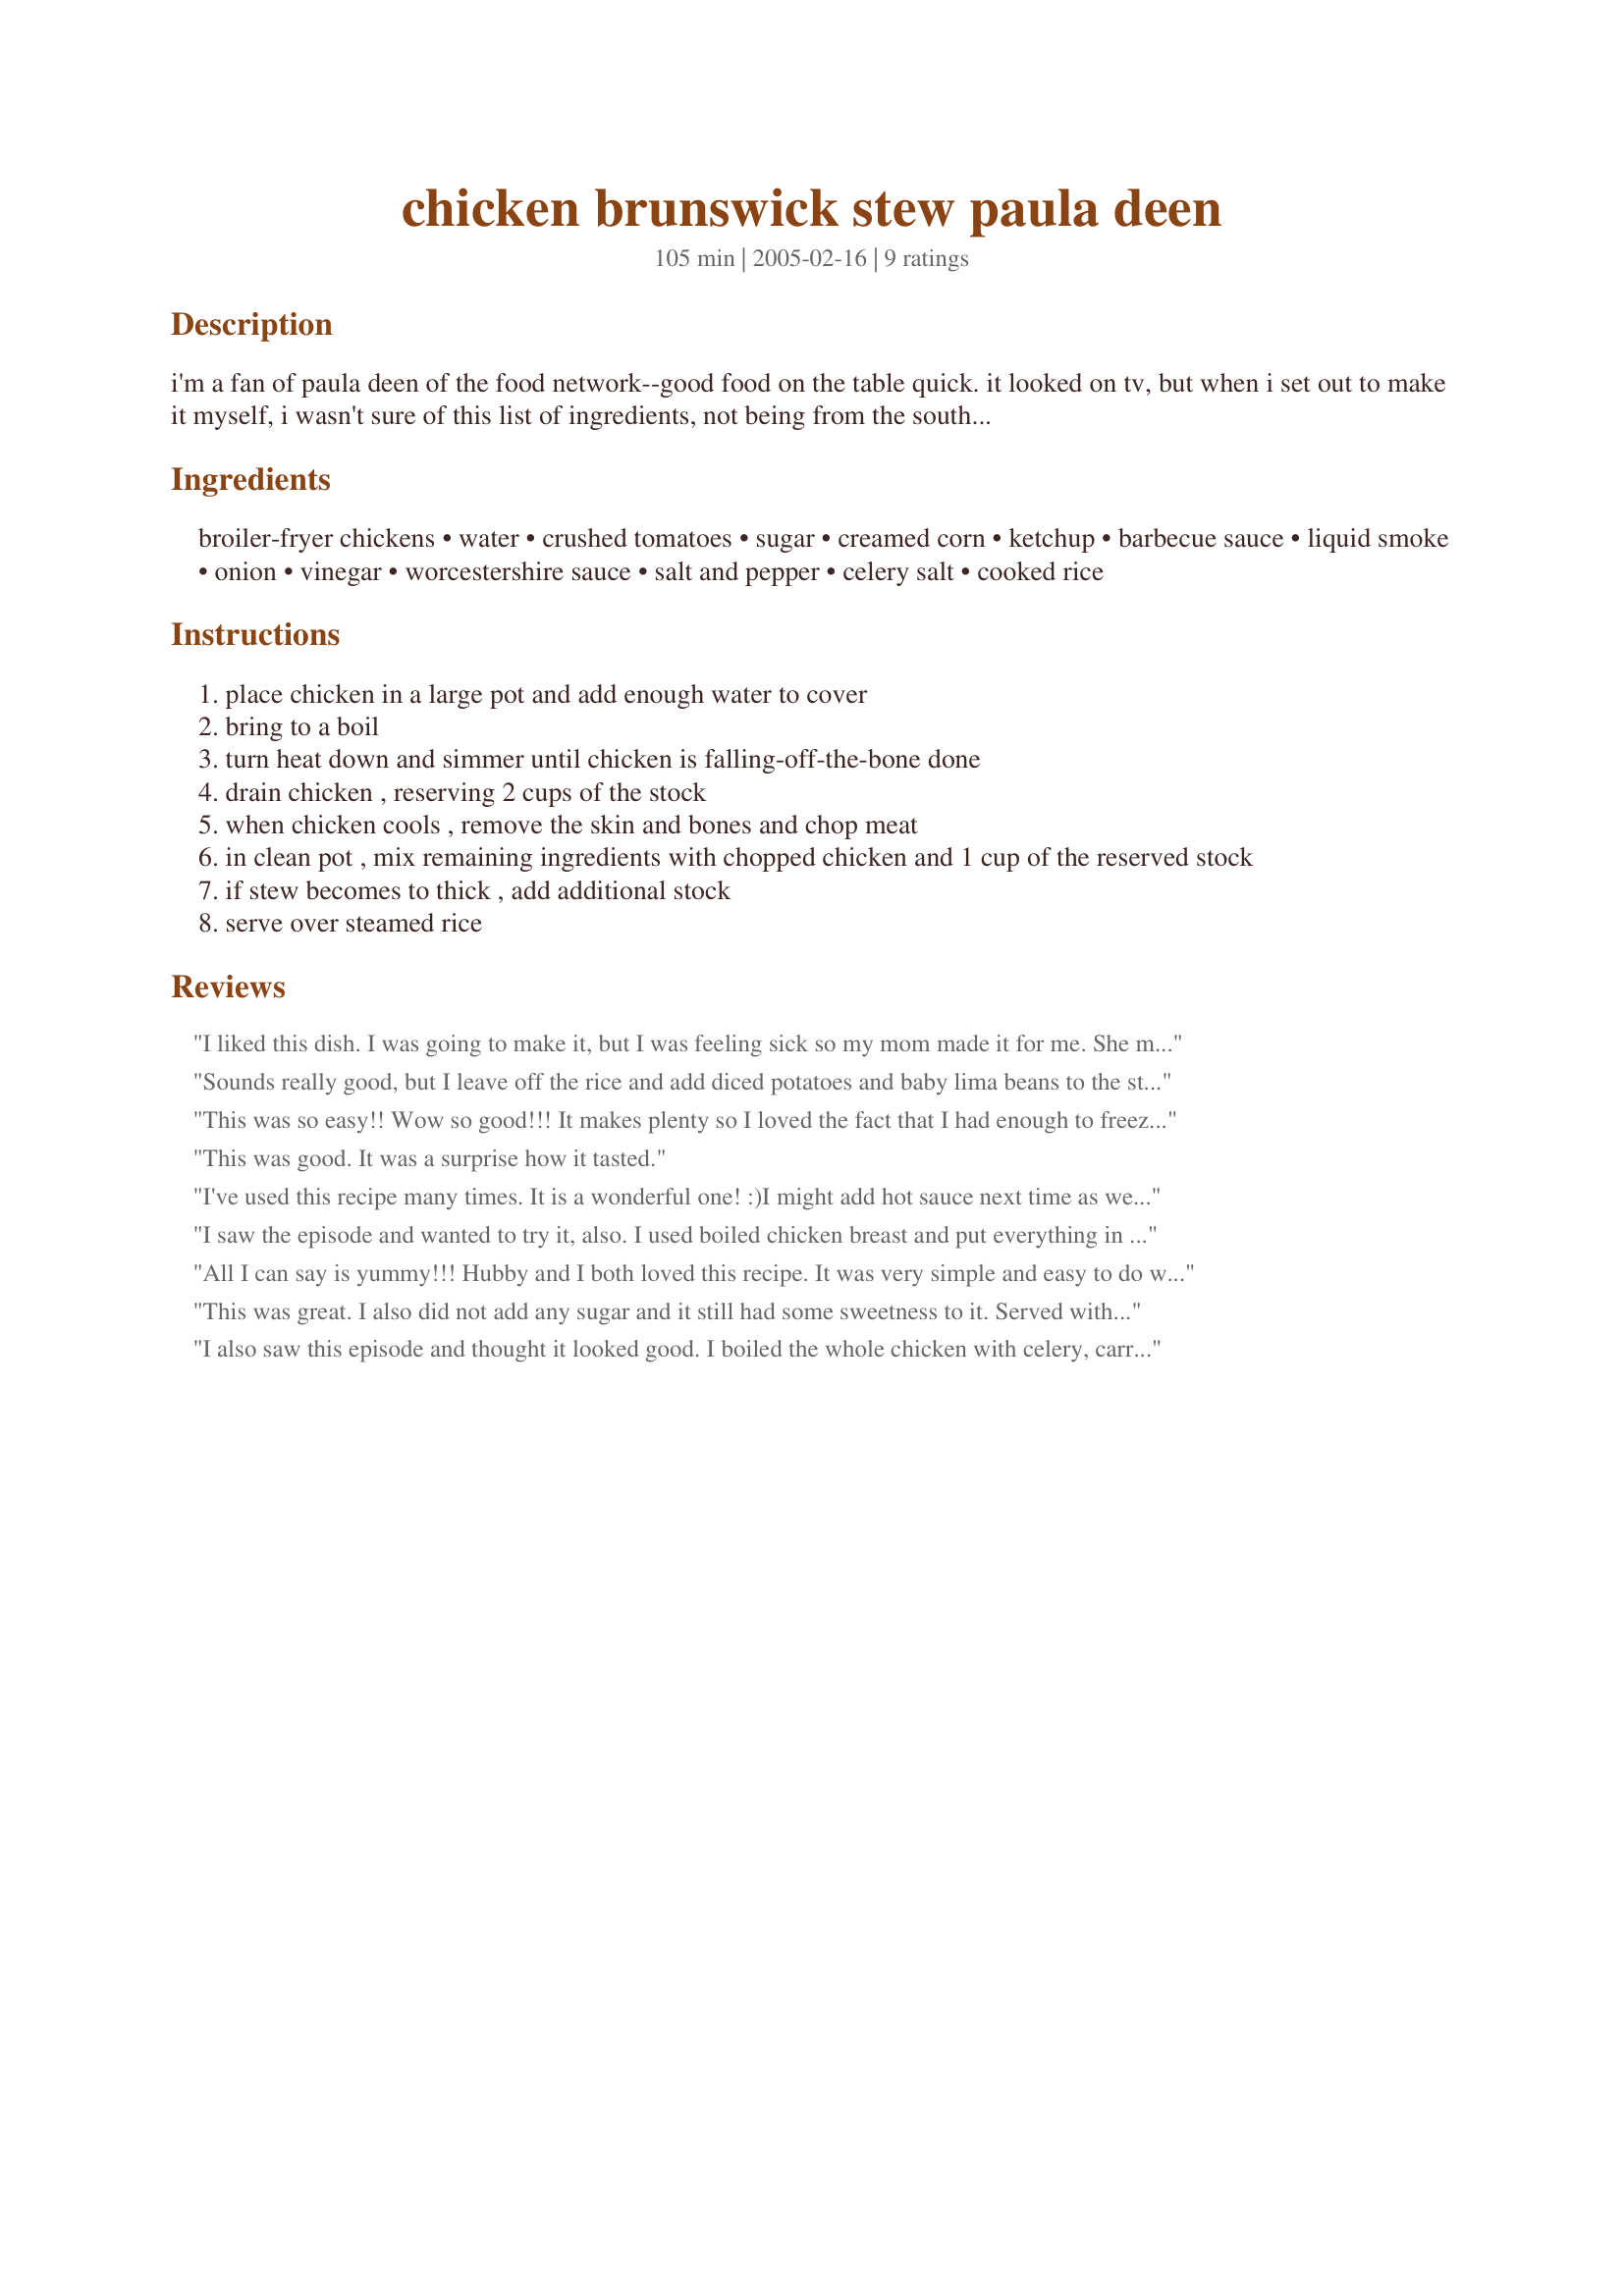
chicken brunswick stew paula deen
Preparation time: 105 minutes

i'm a fan of paula deen of the food network--good food on the table quick. it looked on tv, but when i set out to make it myself, i wasn't sure of this list of ingredients, not being from the south myself. i had never heard of brunswick stew, but after trying it, i'll definitely be making it again.

Ingredients:
broiler-fryer chickens, water, crushed tomatoes, sugar, creamed corn, ketchup, barbecue sauce, liquid smoke, onion, vinegar, worcestershire sauce, salt and pepper, celery salt, cooked rice

Steps:
place chicken in a large pot and add enough water to cover
bring to a boil
turn heat down and simmer until chicken is falling-off-the-bone done
drain chicken , reserving 2 cups of the stock
when chicken cools , remove the skin and bones and chop meat
in clean pot , mix remaining ingredients with chopped chicken and 1 cup of the reserved stock
if stew becomes to thick , add additional stock
serve over steamed rice

Reviews:
I liked this dish. I was going to make it, but I was feeling sick so my mom made it for me. She mixed cooked rice together with it, although I think I'd prefer the rice on the side. The only dislike I have is that it was a little too liquid-y and not like a stew, but it might be because she didn't mix in enough rice, however the taste was very yummy.
Sounds really good, but I leave off the rice and add diced potatoes and baby lima beans to the stew. Serve with crackers or cornbread.
This was so easy!! Wow so good!!! It makes plenty so I loved the fact that I had enough to freeze for another meal!! The flavors come together so well together. Kids love it aswell!!
This was good. It was a surprise how it tasted.
I've used this recipe many times. It is a wonderful one! :)I might add hot sauce next time as well as some of the other reviewers. I always use chicken breasts instead of whole chicken.
I saw the episode and wanted to try it, also. I used boiled chicken breast and put everything in the crock pot. I didn't use the liquid smoke and added about 2 teaspoons sugar (I'm not sure it needed it).It ended up tasting just as I hoped. We served it with my Bisquick Corn Cakes and marshmallow salad.

Roxygirl in Colo.
All I can say is yummy!!! Hubby and I both loved this recipe. It was very simple and easy to do which I love. The only thing I did differently was I bought chicken stock and boiled 3 boneless, skinless chicken breast in it. When cooked all the way through I shredded and threw in the pot. I also left out vinegar and celery salt. Definite keeper!!!
This was great. I also did not add any sugar and it still had some sweetness to it. Served with yellow rice. I added some hot sauce as well since I can not eat anything without it. I will post pic later. Thanks for posting.
I also saw this episode and thought it looked good. I boiled the whole chicken with celery, carrots, onion, parsley, whole peppercorns, thyme, garlic cloves, fresh parsley and one chicken boullion cube (knorr). I then strained it through a fine mesh strainer. I figured I might as well make a big batch of chicken broth to save for another use. I used whole canned tomatoes which I crushed by hand instead of the ones that are already pureed. I added an extra box of corn and some mild cherry peppers seeded and diced. Served over white rice with sour cream and shredded cheddar. Everyone liked it. I'll make this one again. Might cut down on sugar though. Thanks!
